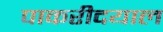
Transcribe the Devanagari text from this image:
पाकरीदयाल